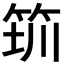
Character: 𥭃